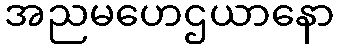
အညမဟေဌယာနော